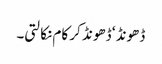
ڈھونڈ ‘ ڈھونڈ کر کام نکالتی۔